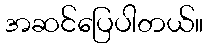
အဆင်ပြေပါတယ်။